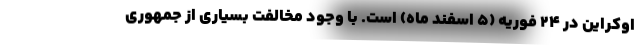
اوکراین در ۲۴ فوریه (۵ اسفند ماه) است. با وجود مخالفت بسیاری از جمهوری